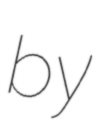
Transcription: by